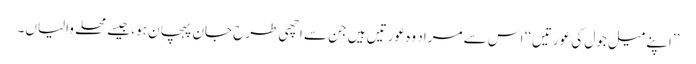
’’اپنے میل جول کی عورتیں‘‘ اس سے مراد وہ عورتیں ہیں جن سے اچھی طرح جان پہچان ہو، جیسے محلے والیاں۔